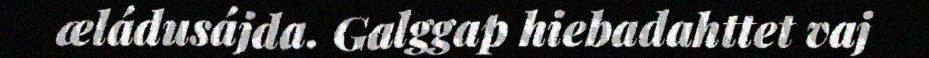
æládusájda. Galggap hiebadahttet vaj